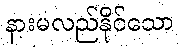
နားမလည်နိုင်သော